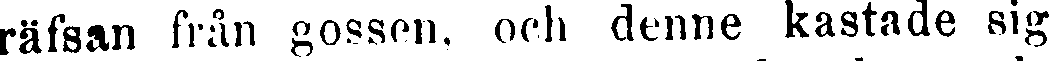
räfsan från gossen, och denne kastade sig